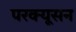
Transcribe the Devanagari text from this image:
परक्यूसन